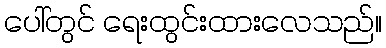
ပေါ်တွင် ရေးထွင်းထားလေသည်။